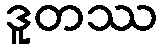
ဒူတဿ